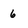
Character: 6